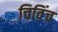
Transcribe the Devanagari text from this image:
चिविंच